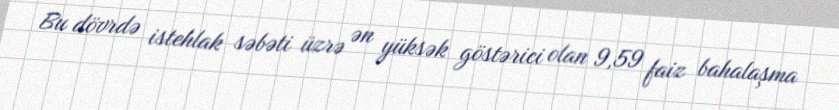
Bu dövrdə istehlak səbəti üzrə ən yüksək göstərici olan 9,59 faiz bahalaşma